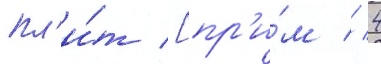
пл'и́т [пр'и́м // 4